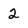
Character: 2